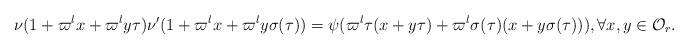
LaTeX: \begin{align*}\nu(1+\varpi^l x+\varpi^l y\tau)\nu'(1+\varpi^l x+\varpi^l y\sigma(\tau))=\psi(\varpi^l {\tau }(x+y{\tau})+\varpi^l \sigma ({\tau}) (x+y\sigma({\tau}))), \forall x,y\in {\mathcal O}_r.\end{align*}